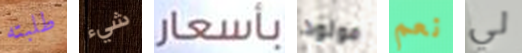
طلبته شيء بأسعار مولود نعم لي